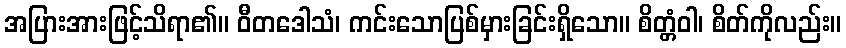
အပြားအားဖြင့်သိရာ၏။ ဝီတဒေါသံ၊ ကင်းသောပြစ်မှားခြင်းရှိသော။ စိတ္တံဝါ၊ စိတ်ကိုလည်း။